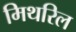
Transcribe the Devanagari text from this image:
मिथरिल